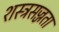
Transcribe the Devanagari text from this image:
शस्त्रसज्जता